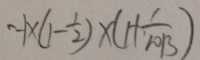
- 1 \times ( 1 - \frac { 1 } { 2 } ) \times ( 1 + \frac { 1 } { 1 0 1 3 } )